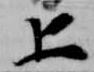
上